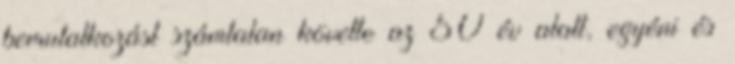
bemutatkozást számtalan követte az 50 év alatt, egyéni és